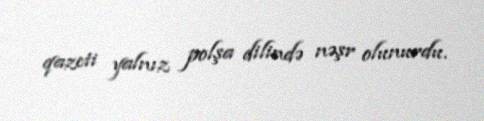
qazeti yalnız polşa dilində nəşr olunurdu.